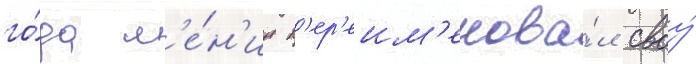
го́да л'е́н'ин п'ер'еим'енова́л своу́